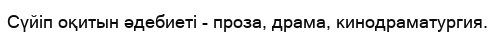
Сүйіп оқитын әдебиеті - проза, драма, кинодраматургия.